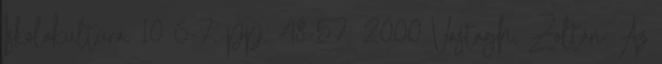
Iskolakultúra, 10 6-7. pp. 48-57. 2000 Vastagh, Zoltán: Az